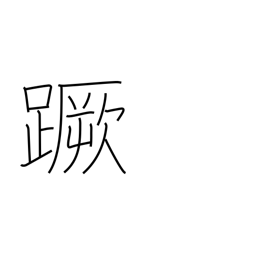
Meaning: stumble